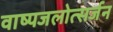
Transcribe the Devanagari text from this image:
वाष्पजलोत्सर्जन